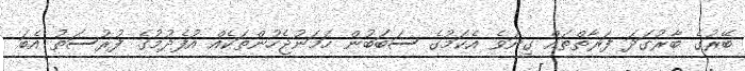
ބޭރުގެ ބާރުގަދަ ފަރާތްތައް ގިނަވެ އެކަމުގެ ސަބަބުން ހަމަނުޖެހުންތަކެއް އުފެދުމުގެ ފުރުސަތު އެބަ